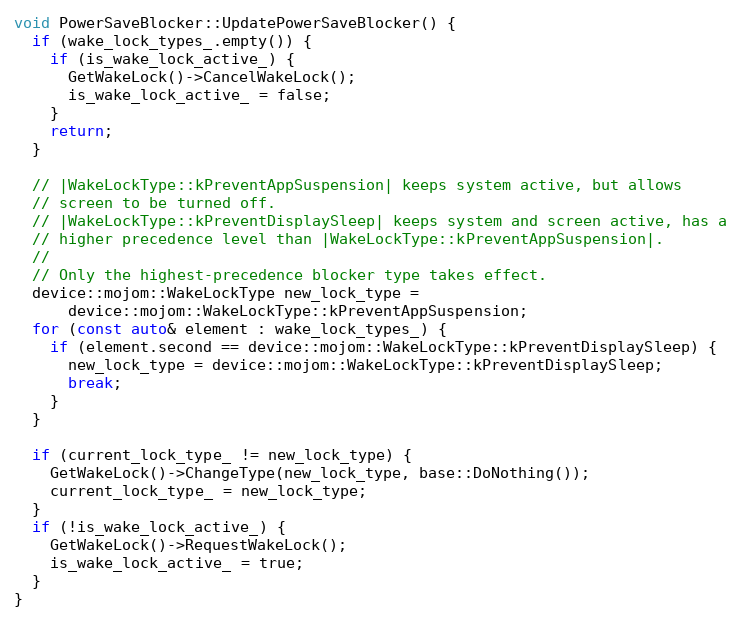
Language: C++
void PowerSaveBlocker::UpdatePowerSaveBlocker() {
  if (wake_lock_types_.empty()) {
    if (is_wake_lock_active_) {
      GetWakeLock()->CancelWakeLock();
      is_wake_lock_active_ = false;
    }
    return;
  }

  // |WakeLockType::kPreventAppSuspension| keeps system active, but allows
  // screen to be turned off.
  // |WakeLockType::kPreventDisplaySleep| keeps system and screen active, has a
  // higher precedence level than |WakeLockType::kPreventAppSuspension|.
  //
  // Only the highest-precedence blocker type takes effect.
  device::mojom::WakeLockType new_lock_type =
      device::mojom::WakeLockType::kPreventAppSuspension;
  for (const auto& element : wake_lock_types_) {
    if (element.second == device::mojom::WakeLockType::kPreventDisplaySleep) {
      new_lock_type = device::mojom::WakeLockType::kPreventDisplaySleep;
      break;
    }
  }

  if (current_lock_type_ != new_lock_type) {
    GetWakeLock()->ChangeType(new_lock_type, base::DoNothing());
    current_lock_type_ = new_lock_type;
  }
  if (!is_wake_lock_active_) {
    GetWakeLock()->RequestWakeLock();
    is_wake_lock_active_ = true;
  }
}